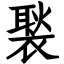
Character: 褧